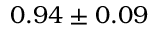
0 . 9 4 \pm 0 . 0 9